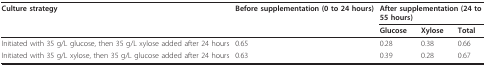
<table><thead><tr><td><b>Culture strategy</b></td><td><b>Before supplementation (0 to 24 hours)</b></td><td colspan="3"><b>After supplementation (24 to 55 hours)</b></td></tr><tr><td></td><td></td><td><b>Glucose</b></td><td><b>Xylose</b></td><td><b>Total</b></td></tr></thead><tbody><tr><td>Initiated with 35 g/L glucose, then 35 g/L xylose added after 24 hours</td><td>0.65</td><td>0.28</td><td>0.38</td><td>0.66</td></tr><tr><td>Initiated with 35 g/L xylose, then 35 g/L glucose added after 24 hours</td><td>0.63</td><td>0.39</td><td>0.28</td><td>0.67</td></tr></tbody></table>